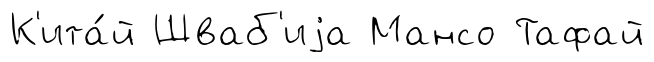
К'ита́й Шваб'иjа Мансо Тафай